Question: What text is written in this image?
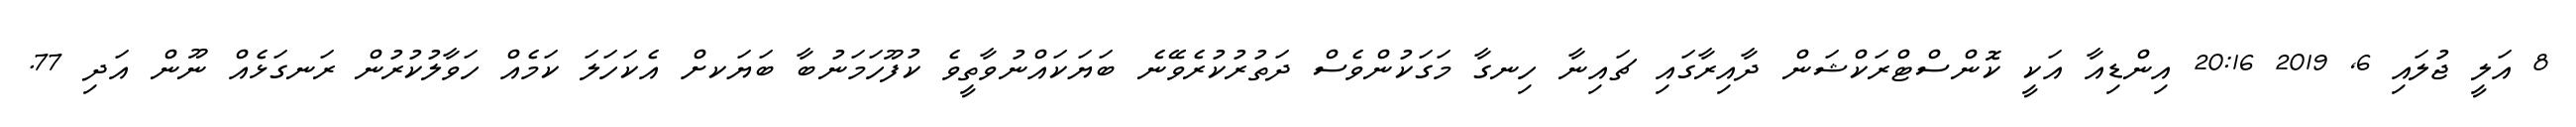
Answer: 8 އަލީ ޖުލައި 6, 2019 20:16 އިންޑިއާ އަކީ ކޮންސްޓްރަކްޝަން ދާއިރާގައި ޗައިނާ ހިނގާ މަގަކުންވެސް ދަތުރުކުރެވޭނެ ބަޔަކައްނުވާތީވެ ކުފޫހަމަނުބާ ބަޔަކށް އެކަހަލަ ކަމެއް ހަވާލުކުރުން ރަނގަޅެއް ނޫން އަދި 77.